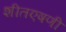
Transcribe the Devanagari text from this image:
शीतएषणी